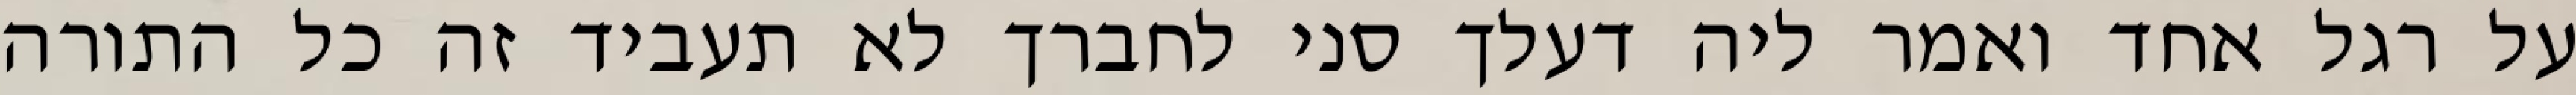
על רגל אחד ואמר ליה דעלך סני לחברך לא תעביד זה כל התורה